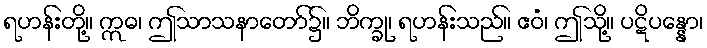
ရဟန်းတို့။ ဣဓ၊ ဤသာသနာတော်၌။ ဘိက္ခု၊ ရဟန်းသည်။ ဧဝံ၊ ဤသို့။ ပဋိပန္နော၊